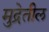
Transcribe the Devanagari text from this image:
मुद्रेतील